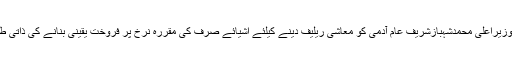
خواجہ عمران نذیر نے کہاکہ وزیراعلی محمدشہبازشریف عام آدمی کو معاشی ریلیف دینے کیلئے اشیائے صرف کی مقررہ نرخ پر فروخت یقینی بنانے کی ذاتی طور پر مانیٹرنگ کررہے ہیں ۔